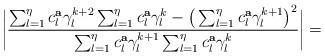
LaTeX: \begin{align*} \biggr|\frac{\sum_{l=1}^\eta c^{\bf a}_l\gamma_l^{k+2}\sum_{l=1}^\eta c^{\bf a}_l\gamma_l^k-\big(\sum_{l=1}^\eta c^{\bf a}_l\gamma_l^{k+1}\big)^2}{\sum_{l=1}^\eta c^{\bf a}_l\gamma_l^{k+1}\sum_{l=1}^\eta c^{\bf a}_l\gamma_l^k}\biggr|=\end{align*}